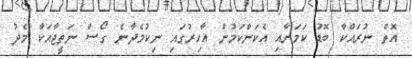
އޮތް ނުރައްކާ ބޮޑު ކަމަށާއި އެކަންކަމުން އާހިރުގައި ނިކުމެދާނެ ގޯސް ނަތީޖާއަކާ މެދު